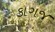
કાગજ